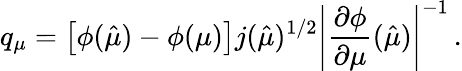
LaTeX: q_{\mu}=\left[\phi(\hat{\mu})-\phi(\mu)\right]j(\hat{\mu})^{1/2}\left|\frac{\partial\phi}{\partial\mu}(\hat{\mu})\right|^{-1}\, .